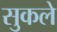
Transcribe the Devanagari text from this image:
सुकले